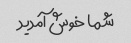
شما خوش آمدید